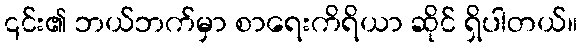
၎င်း၏ ဘယ်ဘက်မှာ စာရေးကိရိယာ ဆိုင် ရှိပါတယ်။